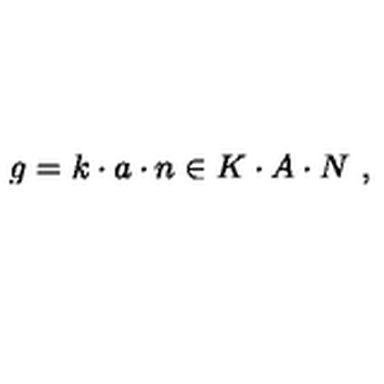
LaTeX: g = k \cdot a \cdot n \in K \cdot A \cdot N \ ,